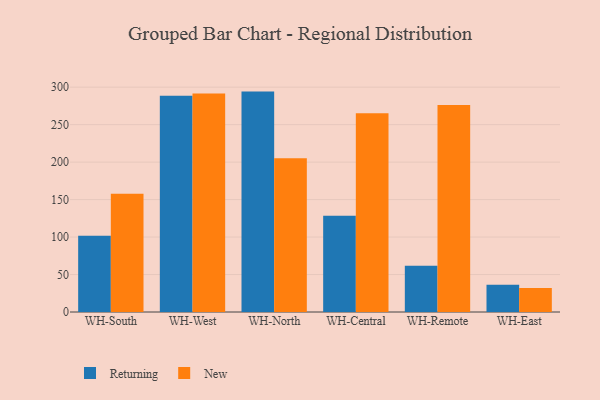
{"axis": {"x": "Warehouse", "y": "Gross Profit (USD K)"}, "legend": ["New", "Returning"], "data": [{"x": "WH-South", "y": 101.7, "type": "Returning"}, {"x": "WH-South", "y": 157.7, "type": "New"}, {"x": "WH-West", "y": 288.5, "type": "Returning"}, {"x": "WH-West", "y": 291.7, "type": "New"}, {"x": "WH-North", "y": 294.1, "type": "Returning"}, {"x": "WH-North", "y": 205.2, "type": "New"}, {"x": "WH-Central", "y": 128.6, "type": "Returning"}, {"x": "WH-Central", "y": 265.2, "type": "New"}, {"x": "WH-Remote", "y": 61.7, "type": "Returning"}, {"x": "WH-Remote", "y": 276.3, "type": "New"}, {"x": "WH-East", "y": 36.5, "type": "Returning"}, {"x": "WH-East", "y": 32.0, "type": "New"}]}